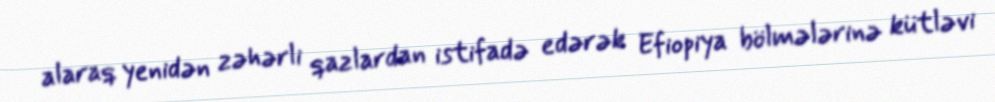
alaraq yenidən zəhərli qazlardan istifadə edərək Efiopiya bölmələrinə kütləvi